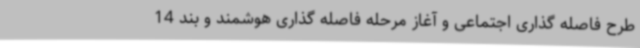
طرح فاصله گذاری اجتماعی و آغاز مرحله فاصله گذاری هوشمند و بند 14